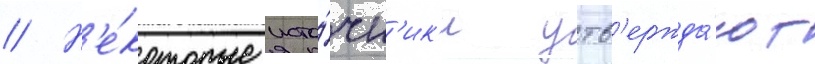
// Н'е́которые исто́чн'ик'и утв'ержда́ют